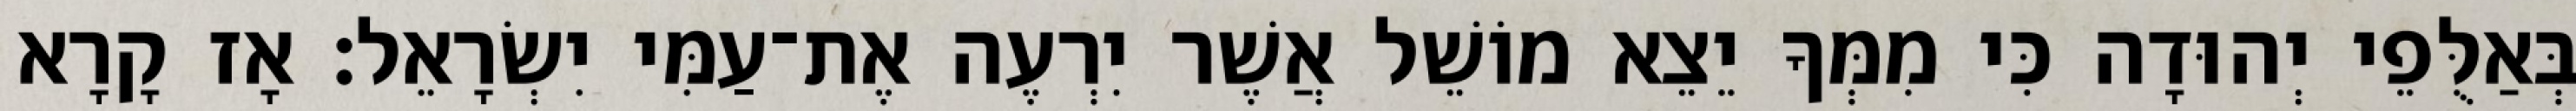
בְּאַלֻּפֵי יְהוּדָה כִּי מִמְּךָ יֵצֵא מוֹשֵׁל אֲשֶׁר יִרְעֶה אֶת־עַמִּי יִשְׂרָאֵל׃ אָז קָרָא